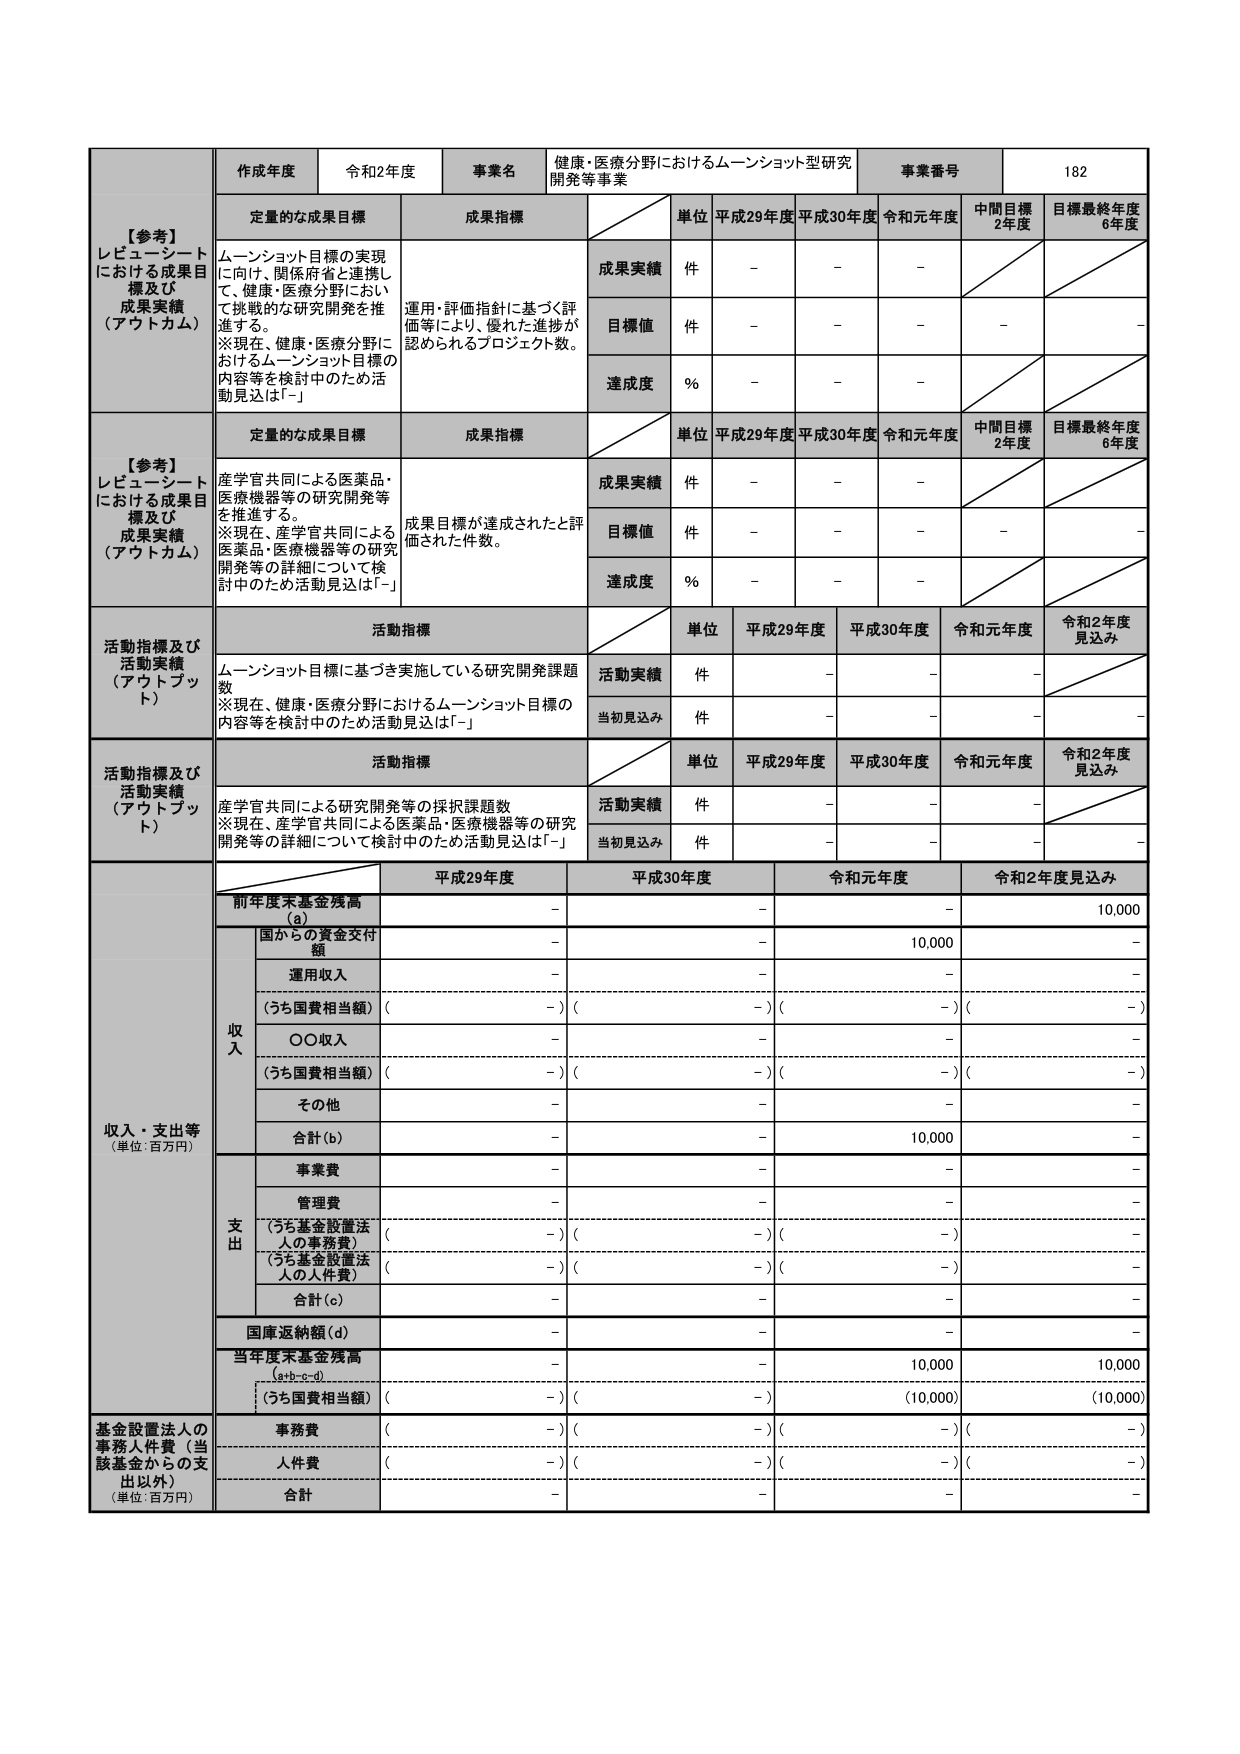
【参考】
レビュー・シートにおける成果目標及び成果実績（アウトカム）

作成年度 令和2年度
事業名 健康・医療分野におけるムーンショット型研究開発等事業
事業番号 182

定量的な成果目標
成果指標
単位 平成29年度 平成30年度 令和元年度 中間目標2年度 目標最終年度6年度

成果実績 件 - - -
目標値 件 - - - - -
達成度 % - - -

【参考】
レビュー・シートにおける成果目標及び成果実績（アウトカム）

定量的な成果目標
成果指標
単位 平成29年度 平成30年度 令和元年度 中間目標2年度 目標最終年度6年度

成果実績 件 - - -
目標値 件 - - - - -
達成度 % - - -

活動指標及び活動実績（アウトプット）

活動指標
単位 平成29年度 平成30年度 令和元年度 令和2年度見込み

ムーンショット目標に基づき実施している研究開発課題数
※現在、健康・医療分野におけるムーンショット目標の内容等を検討中のため活動見込みは「-」

活動実績 件 - - -
当初見込み 件 - - - -

活動指標及び活動実績（アウトプット）

活動指標
単位 平成29年度 平成30年度 令和元年度 令和2年度見込み

産学官共同による研究開発等の採択課題数
※現在、産学官共同による医薬品・医療機器等の研究開発等の詳細について検討中のため活動見込みは「-」

活動実績 件 - - -
当初見込み 件 - - - -

収入・支出等（単位：百万円）

平成29年度 平成30年度 令和元年度 令和2年度見込み

前年度末基金残高（a） - - - 10,000

収入
国からの資金交付額 - - 10,000 -
運用収入 - - - -
（うち国費相当額）（ - ）（ - ）（ - ）（ - ）
〇〇収入 - - - -
（うち国費相当額）（ - ）（ - ）（ - ）（ - ）
その他 - - - -
合計（b） - - 10,000 -

支出
事業費 - - - -
管理費 - - - -
（うち基金設置法人の事務費）（ - ）（ - ）（ - ）（ - ）
（うち基金設置法人の人件費）（ - ）（ - ）（ - ）（ - ）
合計（c） - - - -

国庫返納額（d） - - - -

当年度末基金残高（a+b-c-d） - - 10,000 10,000
（うち国費相当額）（ - ）（ - ）（10,000）（10,000）

基金設置法人の事務人件費（当該基金からの支出以外）（単位：百万円）

事務費 （ - ）（ - ）（ - ）（ - ）
人件費 （ - ）（ - ）（ - ）（ - ）
合計 - - - -